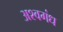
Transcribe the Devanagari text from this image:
अश्वगंध